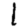
Digit: 1